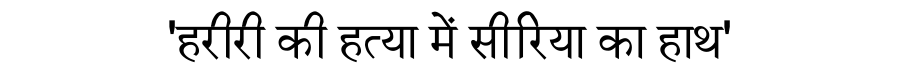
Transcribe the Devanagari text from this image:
'हरीरी की हत्या में सीरिया का हाथ'